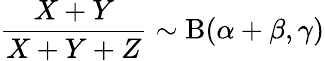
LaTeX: {\frac{X+Y}{X+Y+Z}}\sim\mathrm{B}(\alpha+\beta,\gamma)